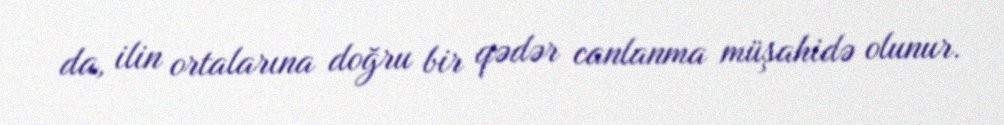
da, ilin ortalarına doğru bir qədər canlanma müşahidə olunur.